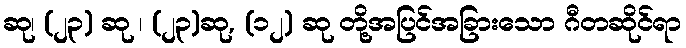
ဆု၊ (၂၃) ဆု ၊ (၂၃)ဆု, (၁၂) ဆု တို့အပြင်အခြားသော ဂီတဆိုင်ရာ